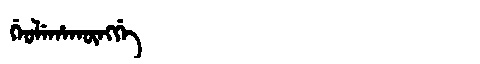
Manchu: ᡤᡝᠣᠯᡝᡥᠠᡴᡡᠩᡤᡝ
Romanization: GEOLEHAKŪNGGE